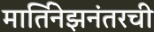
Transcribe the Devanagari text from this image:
मार्तिनेझनंतरची